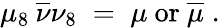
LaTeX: \mu_{8}\: \overline{{{\nu}}}\nu_{8}\; =\; \mu{\mathrm{~or~}}\overline{{{\mu}}}\; .